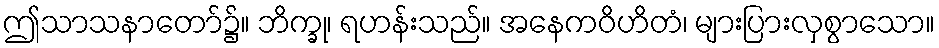
ဤသာသနာတော်၌။ ဘိက္ခု၊ ရဟန်းသည်။ အနေကဝိဟိတံ၊ များပြားလှစွာသော။